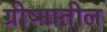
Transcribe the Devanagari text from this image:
ग्रीष्मातील